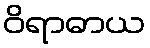
ဝိရာဓာယ